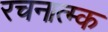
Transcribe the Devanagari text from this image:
रचनात्म्क